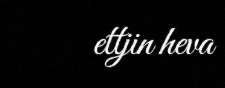
ettjin heva